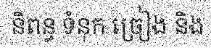
និពន្ធ ទំនុក ច្រៀង និង